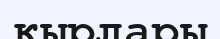
кырлары